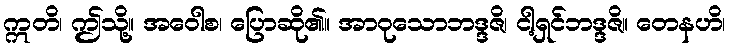
ဣတိ၊ ဤသို့။ အဝေါစ၊ ပြောဆို၏။ အာဝုသောဘဒ္ဒဇိ၊ ငါ့ရှင်ဘဒ္ဒဇိ။ တေနဟိ၊